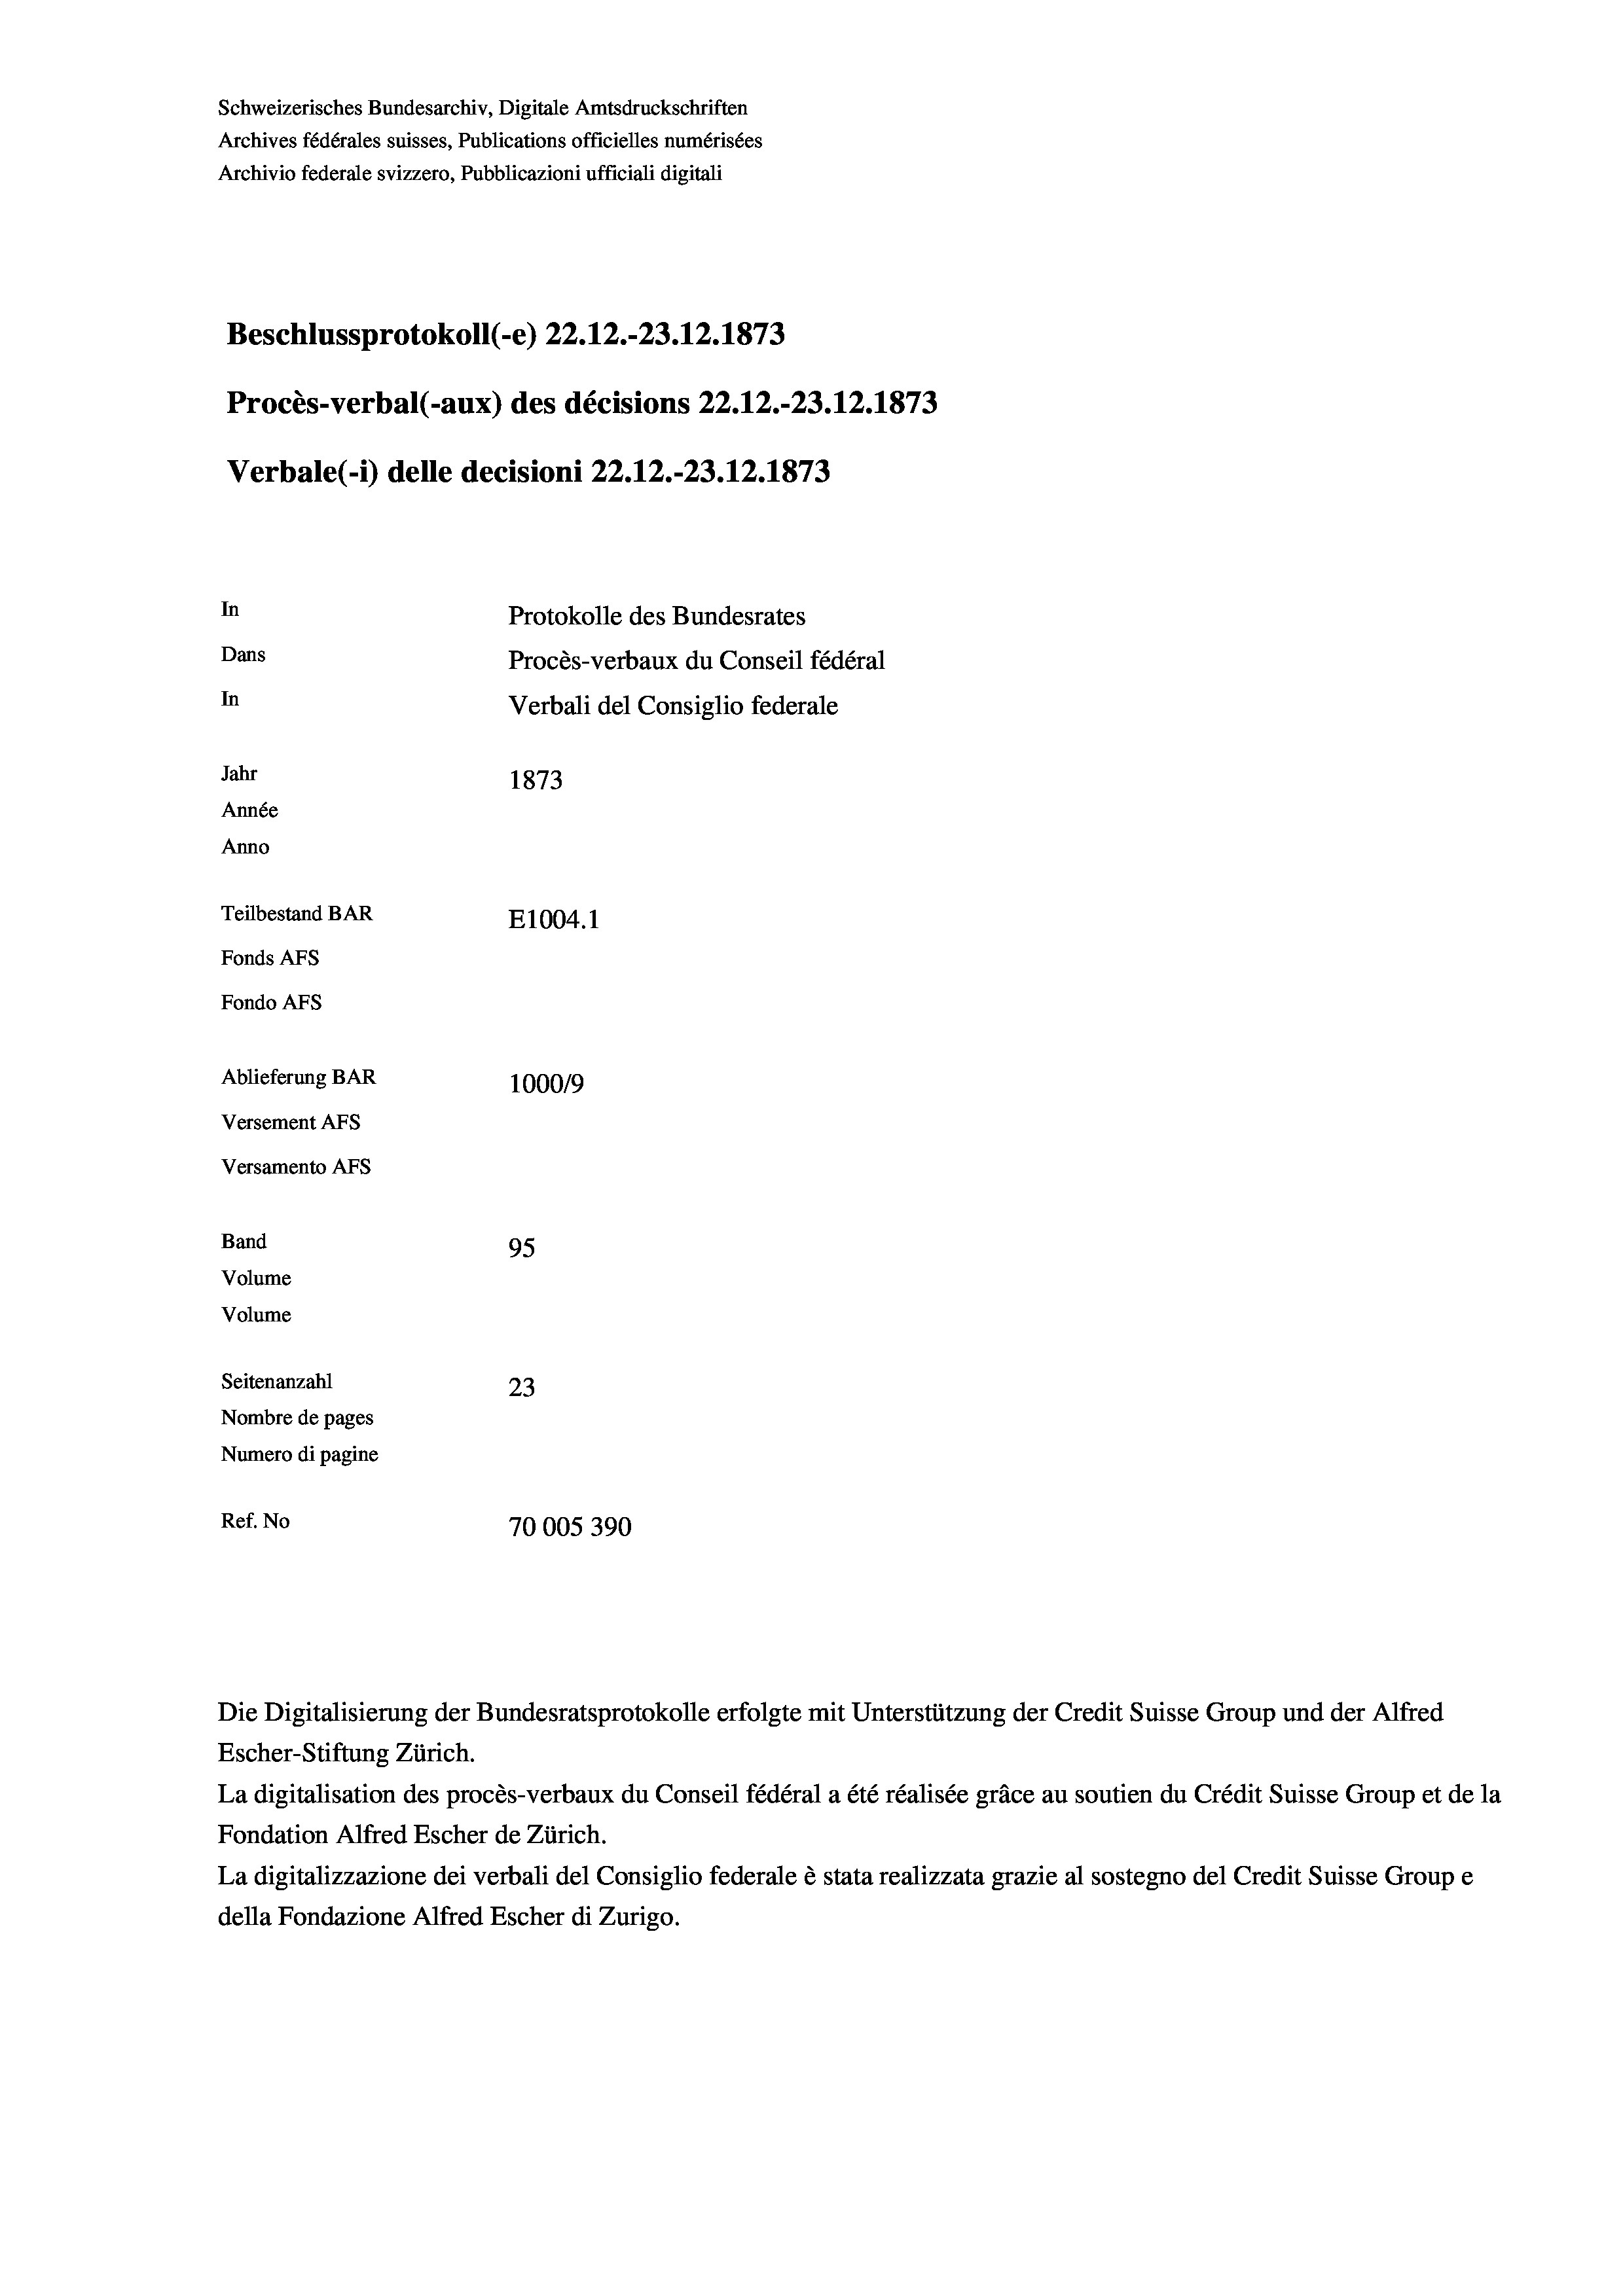
Schweizerisches Bundesarchiv, Digitale Amtsdruckschriften
Archives fédérales suisses, Publications officielles numérisées
Archivio federale svizzero, Pubblicazioni ufficiali digitali
Beschlussprotokoll (-e) 22.12.-23.12. 1873
Procès-verbal (-aux) des décisions 22.12.-23.12.1873
Verbale (- 1) delle decisioni 22.12.-23.12.1873
In
Protokolle des Bundesrates
Dans
Procès-verbaux du Conseil fédéral
In
Verbali del Consiglio federale
Jahr
1873
Année
Anno
Teilbestand BAR
E1004.1
Fonds AFs
Fondo AFs
Ablieferung BAR
100019
Versement AFs
Versamento AFs
Band
95
Volume
Volume
Seitenanzahl
23
Nombre de pages
Numero di pagine
Ref. No
70005390

Escher-Stiftung Zürich.
La digitalisation des procès-verbaux du Conseil fédéral a été réalisée gräce au soutien du Crédit Suisse Group et de la
Fondation Alfred Escher de Zürich.
La digitalizzazione dei verbali del Consiglio federale è stata realizzata grazie al sostegno del Credit Suisse Groupe
della Fondazione Alfred Escher di Zurigo.

Die Digitalisierung der Bundesratsprotokolle erfolgte mit Unterstützung der Credit Suisse Group und der Alfred